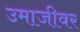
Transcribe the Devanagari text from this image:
उमाजीवर